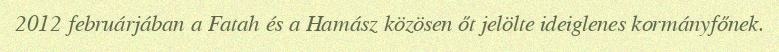
2012 februárjában a Fatah és a Hamász közösen őt jelölte ideiglenes kormányfőnek.